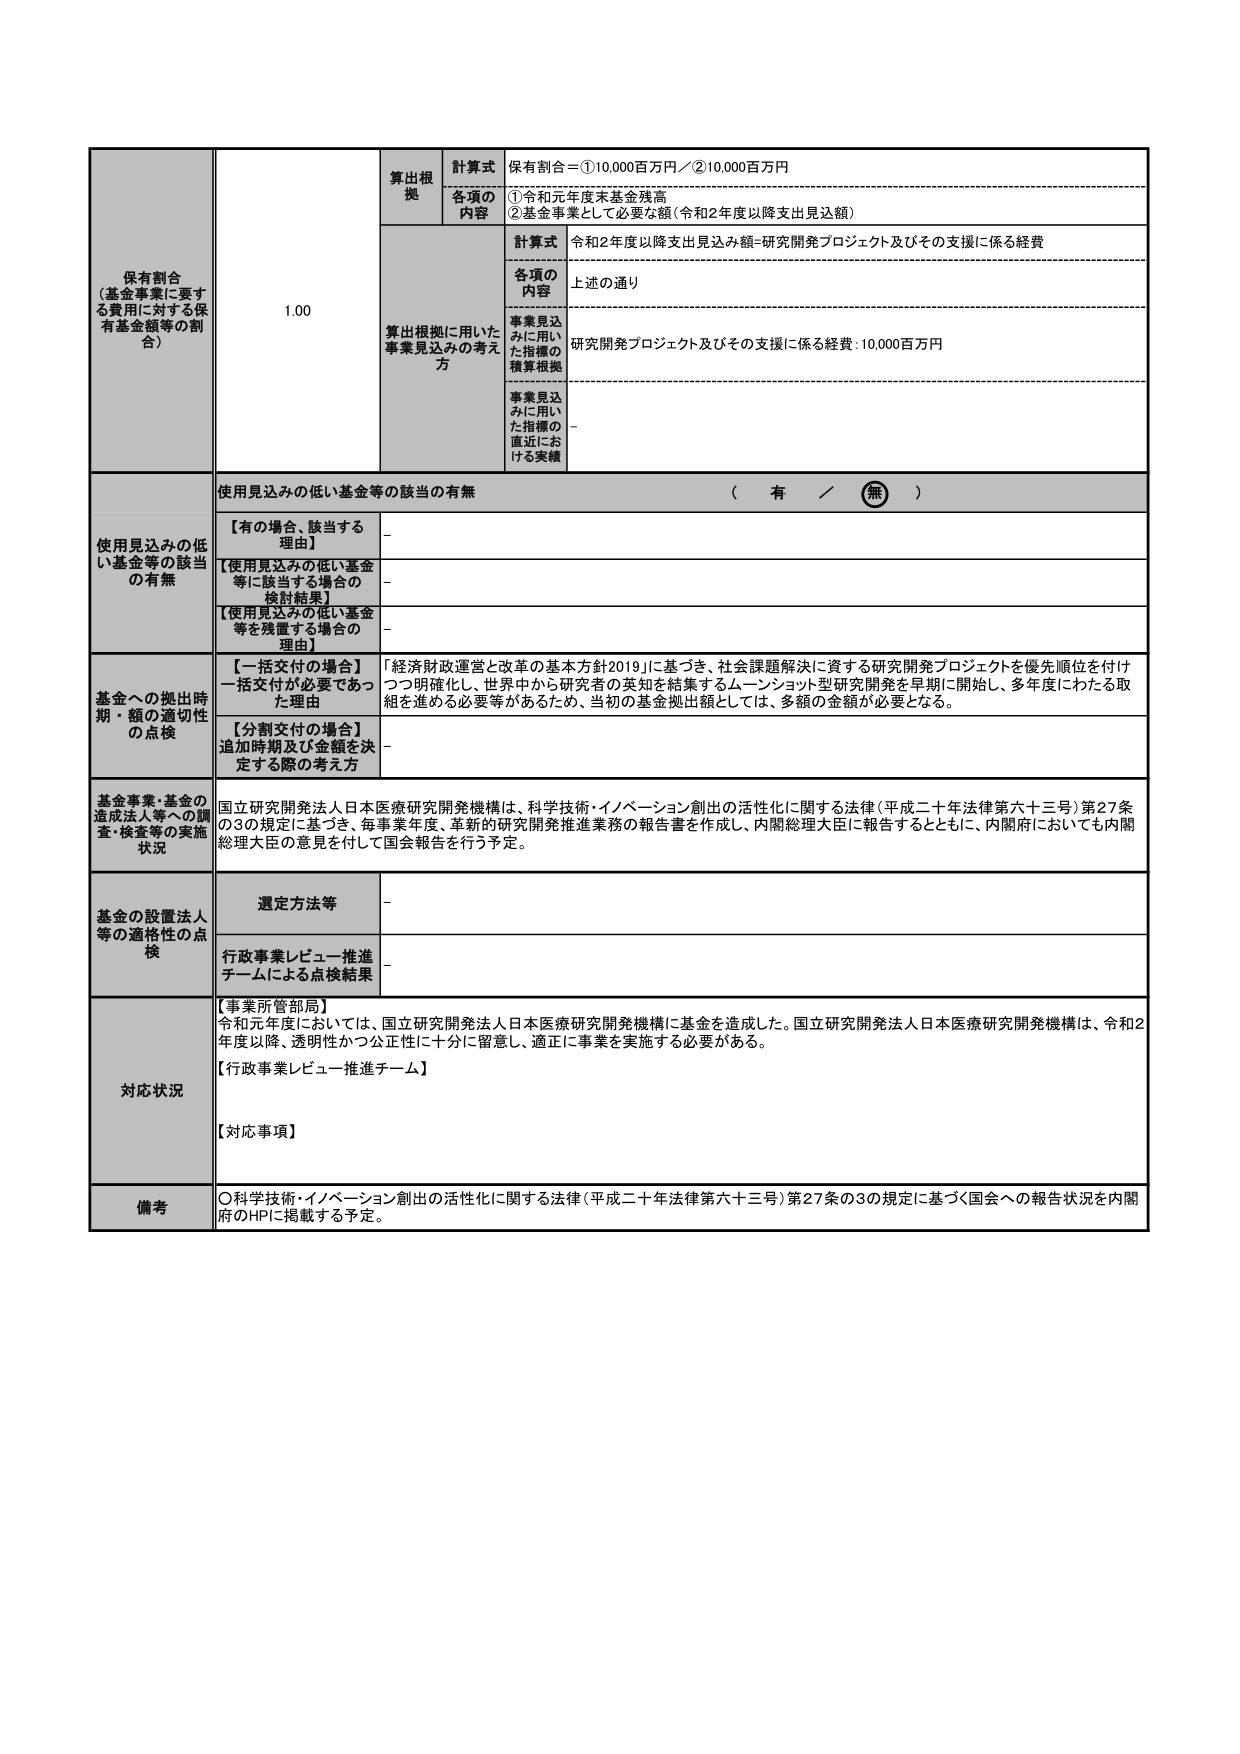
保有割合（基金事業に要する費用に対する保有基金額等の割合） 1.00 算出根拠 計算式 各項の内容 保有割合＝①10,000百万円／②10,000百万円 ①令和元年度末基金残高 ②基金事業として必要な額（令和2年度以降支出見込額） 算出根拠に用いた事業見込みの考え方 計算式 令和2年度以降支出見込み額＝研究開発プロジェクト及びその支援に係る経費 各項の内容 上述の通り 事業見込みに用いた指標の積算根拠 研究開発プロジェクト及びその支援に係る経費：10,000百万円 事業見込みに用いた指標の直近における実績 － 使用見込みの低い基金等の該当の有無 （ 有 ／ 無 ） 使用見込みの低い基金等の該当の有無 【有の場合、該当する理由】 － 【使用見込みの低い基金等に該当する場合の検討結果】 － 【使用見込みの低い基金等を残置する場合の理由】 － 基金への拠出時期・額の適切性の点検 【一括交付の場合】一括交付が必要であった理由 「経済財政運営と改革の基本方針2019」に基づき、社会課題解決に資する研究開発プロジェクトを優先順位を付けつつ明確化し、世界中から研究者の英知を結集するムーンショット型研究開発を早期に開始し、多年度にわたる取組を進める必要等があるため、当初の基金拠出額としては、多額の金額が必要となる。 【分割交付の場合】追加時期及び金額を決定する際の考え方 － 基金事業・基金の造成法人等への調査・検査等の実施状況 国立研究開発法人日本医療研究開発機構は、科学技術・イノベーション創出の活性化に関する法律（平成二十年法律第六十三号）第27条の3の規定に基づき、毎事業年度、革新的研究開発推進業務の報告書を作成し、内閣総理大臣に報告するとともに、内閣府においても内閣総理大臣の意見を付して国会報告を行う予定。 基金の設置法人等の適格性の点検 選定方法等 － 行政事業レビュー推進チームによる点検結果 － 対応状況 【事業所管部局】 令和元年度においては、国立研究開発法人日本医療研究開発機構に基金を造成した。国立研究開発法人日本医療研究開発機構は、令和2年度以降、透明性かつ公正性に十分に留意し、適正に事業を実施する必要がある。 【行政事業レビュー推進チーム】 【対応事項】 備考 ○科学技術・イノベーション創出の活性化に関する法律（平成二十年法律第六十三号）第27条の3の規定に基づく国会への報告状況を内閣府のHPに掲載する予定。